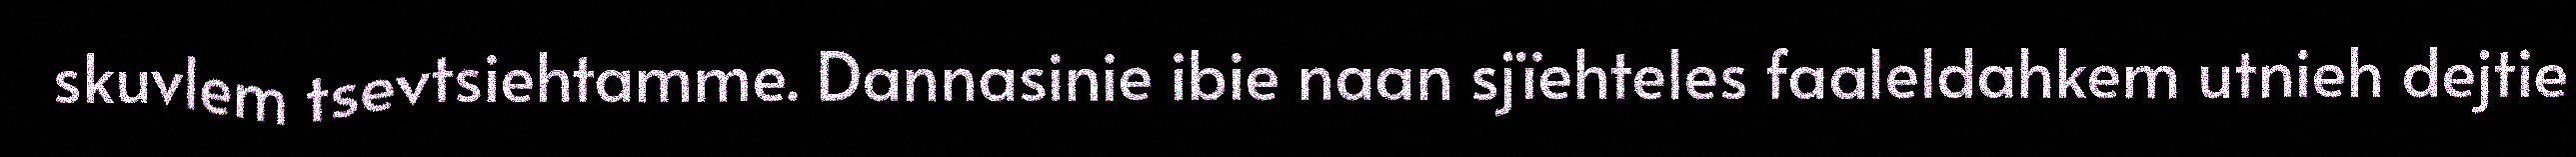
skuvlem tsevtsiehtamme. Dannasinie ibie naan sjïehteles faaleldahkem utnieh dejtie